Medical and sanitary report of the native army of Bengal for the year
Year: 1876
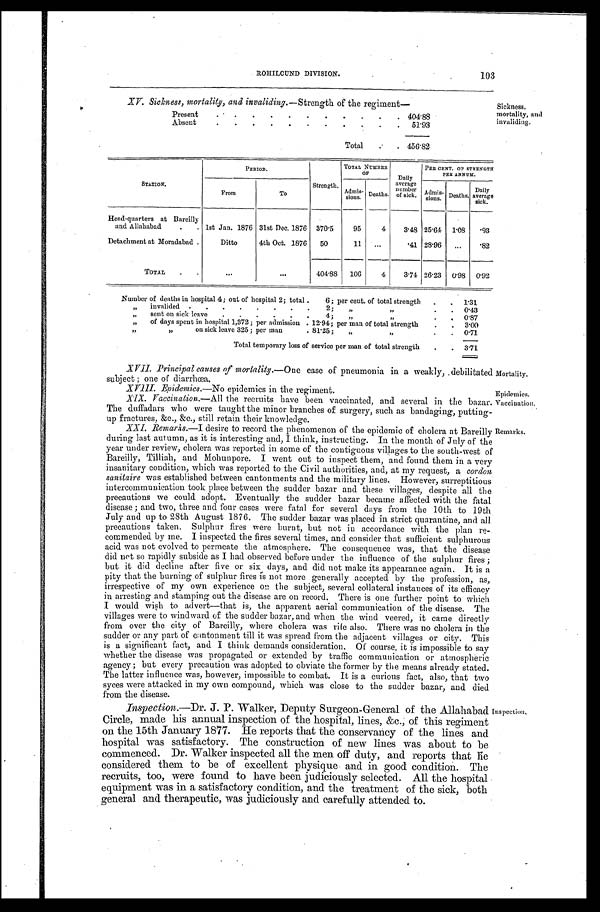
XV. Sickness, mortality, and inva/idinv.--Strenzth of the reziment—
_
Present
4 0 4 . 8 8
Absent
5 1 . 9 3
Total. 4 5 6 . 8 2
Sickness,
mortality, and
invaliding.
103
ROHILCUND DIVISION.
STATION.
PERIOD.
Strength.
TOTAL NUMBER
O F
Dai l y
average n u m b e r
of sick. '
PER CENT. OF STRENGTH
PER ANNUM.
From
To
Admi s-
si ons. Deaths.
Admis- s i o n s . Deaths. Dai l y
average sick.
Head-quarters at Bareilly
and Allahabad. 1st Jan. 1876 31st Dec. 1876 370.5 95 4 3.48 25.64 1.08 .93
Detachment at Moradabad . Ditto 4th Oct. 1876 50
11
.41 28.96
.82
TOTAL
404.88 106 4 3.74 26.23 0.98 0.92
Number of deaths in hospital 4; out of hospital 2; total. 6; per cent. of total strength. 1 . 3 1
„ invalided 2;„
0 . 4 3
sent on sick leave,
„
,
0 . 8 7
„ of days spent in hospital 1,372; per admission 12 .94; per man of total strength. 3 . 0 0
„ „on sick leave 325; per man. 81.25; „ ,, 0.71
Total temporary loss of service per man of total strength
3 . 7 1 .
XVII. Principal causes of mortality.— One case of pneumonia in a weakly, debilitated Mortality.
subject; one of diarrhœa.
XVII.Epidemics.—No epidemics in the regiment.Epidemics.
Vaccination.—All the recruits have been vaccinated, and several in the bazar. Vaccination.
The duffadars who were taught the minor branches of surgery, such as bandaging, putting-
up fractures, &c., &c., still retain their knowledge.
XXI. Remarks.—I desire to record the phenomenon of the epidemic of cholera at Bareilly Remarks.
during last autumn, as it is interesting and, I think, instructing. In the month of July of the
year under review, cholera was reported in some of the contiguous villages to the south-west of
Bareilly, Tilliah, and Mohunpore. I went out to inspect them, and found them in a very
insanitary condition, which was reported to the Civil authorities, and, at my request, a cordon.
sonitaire was established between cantonments and the military lines. However, surreptitious
intercommunication took place between the sudder bazar and these villages, despite all the
precautions we could adopt. Eventually the sudder bazar became affected with the fatal
disease; and two, three and four cases were fatal for several days from the 10th to 19th
July and up to 28th August 1876. The sudder bazar was placed in strict quarantine, and all
precautions taken. Sulphur fires were burnt, but not in accordance with the plan re-
commended by me. I inspected the fires several times, and consider that sufficient sulphurous
acid was not evolved to permeate the atmosphere. The consequence was, that the disease
did net so rapidly subside as I had observed before under the influence of the sulphur fires;
but it did decline after five or six days, and did not make its appearance again. It is a
pity that the burning of sulphur fires is not more generally accepted by the profession, as,
irrespective of my own experience on the subject, several collateral instances of its efficacy
in arresting and stamping out the disease are on record. There is one further point to which
I would wish to advert—that is, the apparent aerial communication of the disease. The
villages were to windward of the sudder bazar, and when the wind veered, it came directly
from over the city of Bareilly, where cholera was rife also. There was no cholera in the
sudder or any part of cantonment till it was spread from the adjacent villages or city. This
is a significant fact, and I think demands consideration. Of course, it is impossible to say
whether the disease was propagated or extended by traffic communication or atmospheric
agency; but every precaution was adopted to obviate the former by the means already stated.
The latter influence was, however, impossible to combat. It is a curious fact, also, that two
syces were attacked in my own compound, which was close to the sudder bazar, and died
from the disease.
Inspection.—Dr. J. P. Walker, Deputy Surgeon-General of the Allahabad Inspection,
Circle, made his annual inspection of the hospital, lines, &c.; of this regiment
on the 15th January 1877. He reports that the conservancy of the lines and
hospital was satisfactory. The construction of new lines was about to be
commenced. Dr. Walker inspected all the men off duty, and reports that lie
considered them to be of excellent physique and in good condition. The
recruits, too, were found to have been judiciously selected. All the hospital
equipment was in a satisfactory condition, and the treatment of the sick, both
general and therapeutic, was judiciously and carefully attended to.